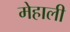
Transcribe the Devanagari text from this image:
मेहाली